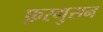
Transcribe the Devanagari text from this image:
फ़रगुसन